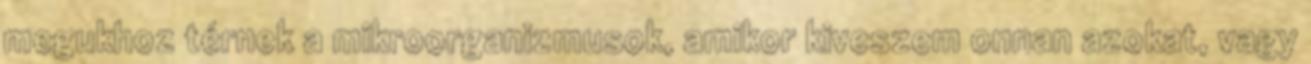
megukhoz térnek a mikroorganizmusok, amikor kiveszem onnan azokat, vagy